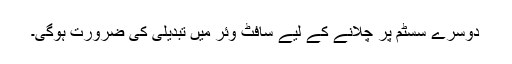
دوسرے سسٹم پر چلانے کے لیے سافٹ وئر میں تبدیلی کی ضرورت ہوگی۔